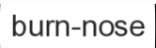
burn-nose